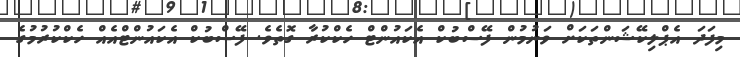
މިފަދަ އެޕްލިކޭޝަންތަކަށް ވަނުމުން ފޭސްބުކް އެކައުންޓް ހެކްކުރާ ގޮތެވެ. ފޭސްބުކް އެކައުންޓްއެއް ހެކްކުރުމުގެ